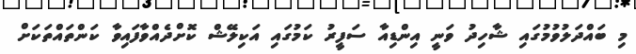
މި ބައްދަލުވުމުގައި ޝާހިދު ވަނީ އިންޑިއާ ސަފީރު ކަމުގައި އަކިލޭޝް ކޮށްދެއްވާފައިވާ ކަންތައްތަކަށް